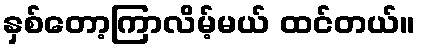
နှစ်တော့ကြာလိမ့်မယ် ထင်တယ်။